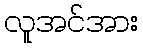
လူအင်အား